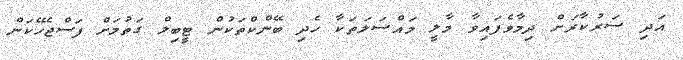
އަދި ސަރުކާރަށް ދިމާވެފައިވާ މާލީ މައްސަލަތަކާ ހެދި ބޭންކްތަކުން ޓީބިލް ގަތުމަށް ފަސްޖެހޭކަން